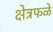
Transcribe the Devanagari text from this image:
क्षेत्रफळे